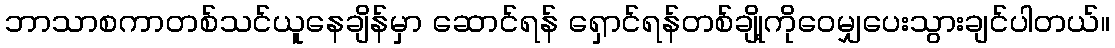
ဘာသာစကာတစ်သင်ယူနေချိန်မှာ ဆောင်ရန် ရှောင်ရန်တစ်ချို့ကိုဝေမျှပေးသွားချင်ပါတယ်။